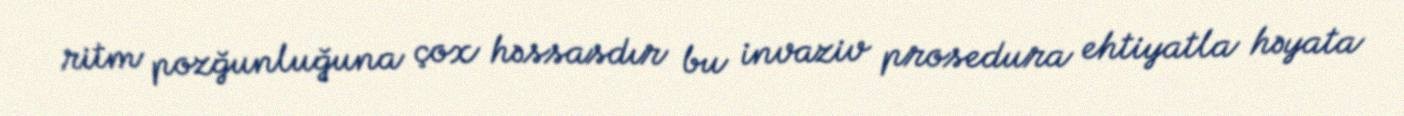
ritm pozğunluğuna çox həssasdır bu invaziv prosedura ehtiyatla həyata